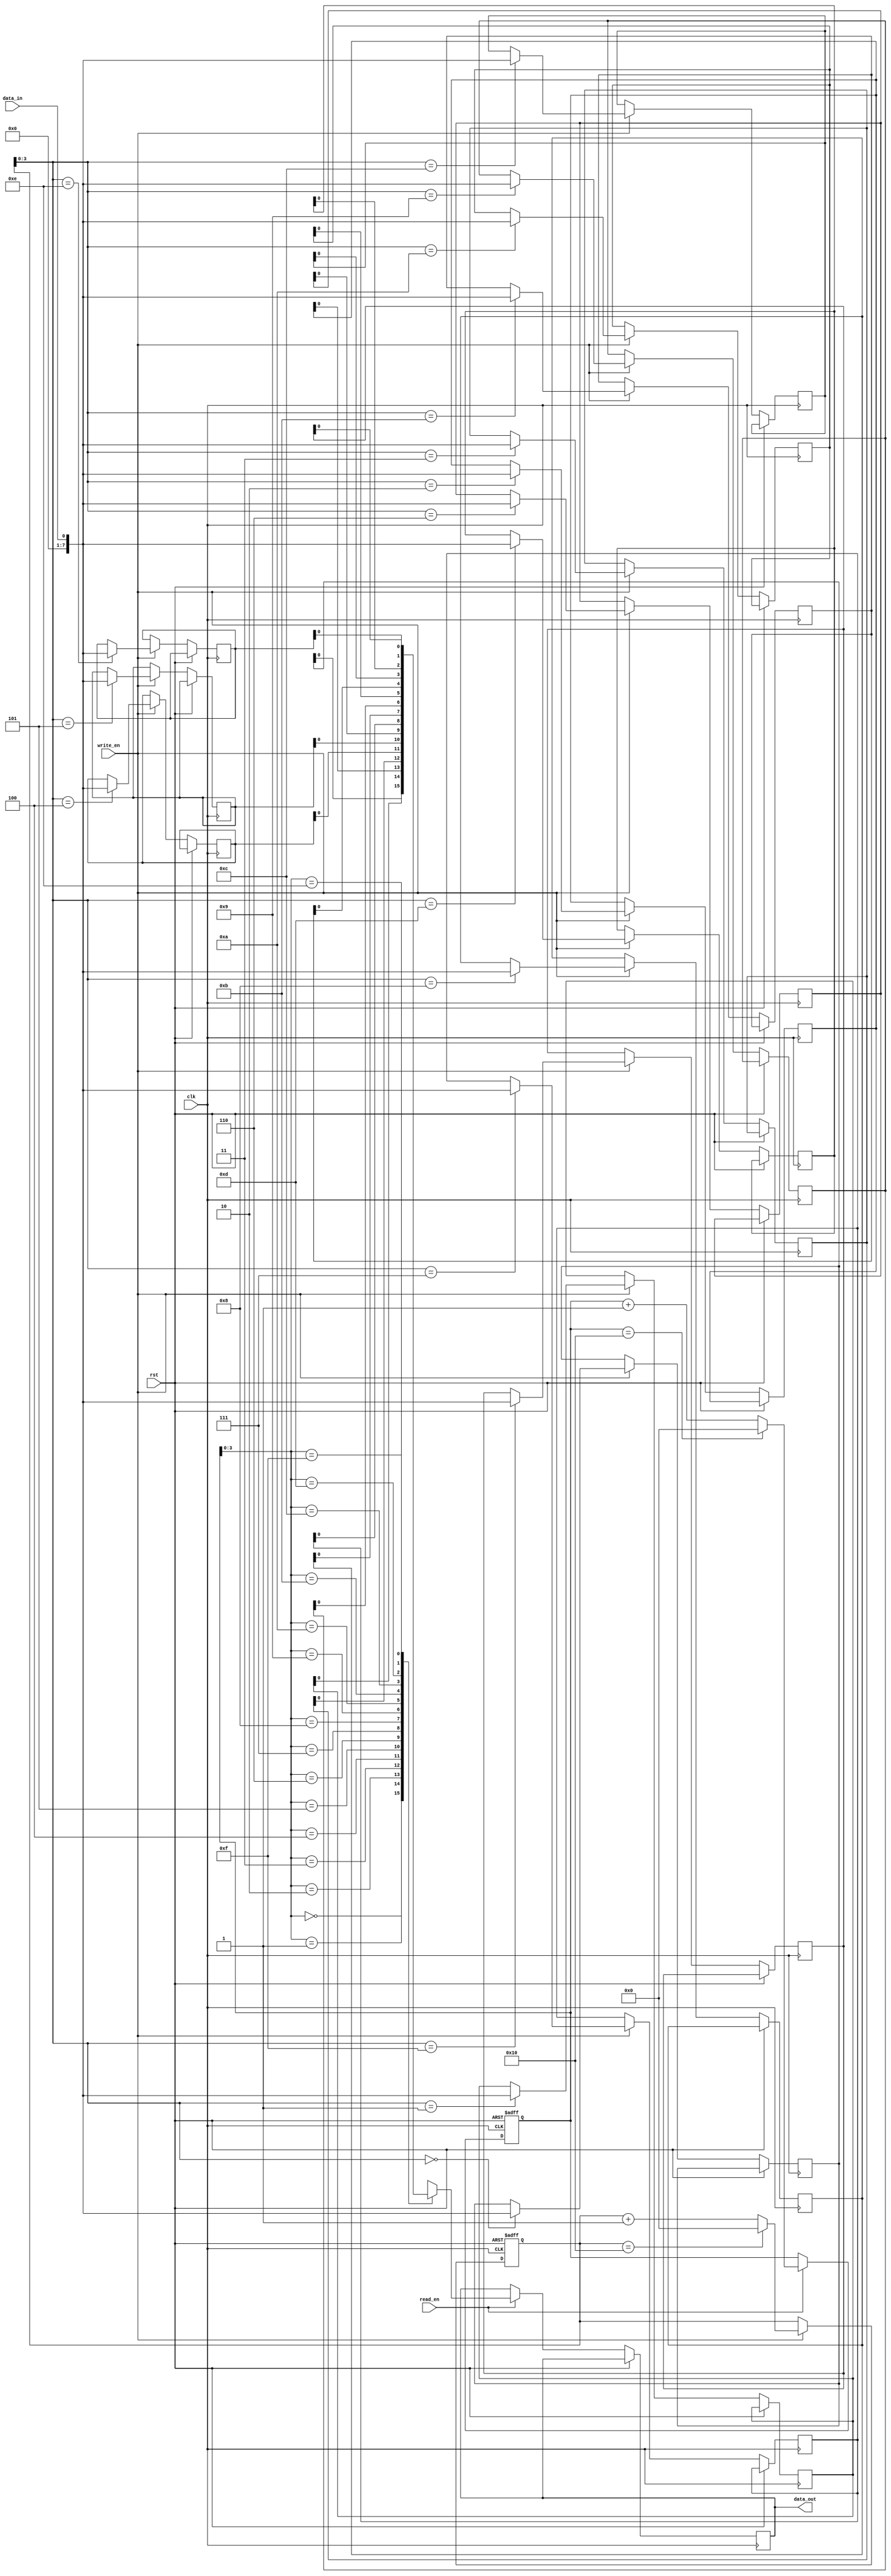
module CircularFIFO (
  input wire clk,
  input wire rst,
  input wire write_en,
  input wire read_en,
  input wire data_in,
  output reg data_out
);

parameter WIDTH = 8; // Data width
parameter DEPTH = 16; // Depth of circular buffer

reg [WIDTH - 1:0] buffer [DEPTH - 1:0];
reg [WIDTH - 1:0] read_ptr, write_ptr;

// Initialize read and write pointers
initial begin
  read_ptr <= 0;
  write_ptr <= 0;
end

always @(posedge clk or posedge rst)
begin
  if (rst) begin // Reset logic
    read_ptr <= 0;
    write_ptr <= 0;
  end else begin
    // Write data to buffer if write enable is high
    if (write_en) begin
      buffer[write_ptr] <= data_in;
      write_ptr <= write_ptr + 1;
      if (write_ptr == DEPTH) begin
        write_ptr <= 0;
      end
    end
    
    // Read data from buffer if read enable is high
    if (read_en) begin
      data_out <= buffer[read_ptr];
      read_ptr <= read_ptr + 1;
      if (read_ptr == DEPTH) begin
        read_ptr <= 0;
      end
    end
  end
end

endmodule